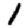
Digit: 1